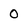
Character: 0